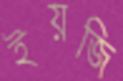
ইয়জি